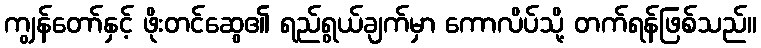
ကျွန်တော်နှင့် ဖိုးတင်ဆွေ၏ ရည်ရွယ်ချက်မှာ ကောလိပ်သို့ တက်ရန်ဖြစ်သည်။